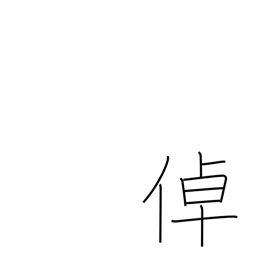
Meaning: remarkable